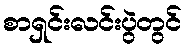
စာရှင်းလင်းပွဲတွင်